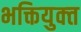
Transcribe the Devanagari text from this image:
भक्तियुक्‍त